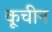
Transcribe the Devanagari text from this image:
कूचीन